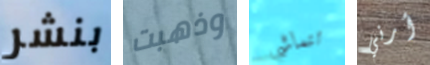
بنشر وذهبت تتماشى أرني